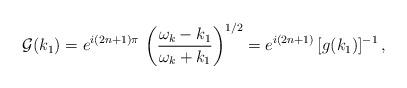
LaTeX: \begin{align*} {\cal G}(k_1)=e^{i(2n+1)\pi}\,\left(\frac{\omega_k-k_1}{\omega_k+k_1}\right)^{1/2} =e^{i(2n+1)}\,[g(k_1)]^{-1}\,,\end{align*}